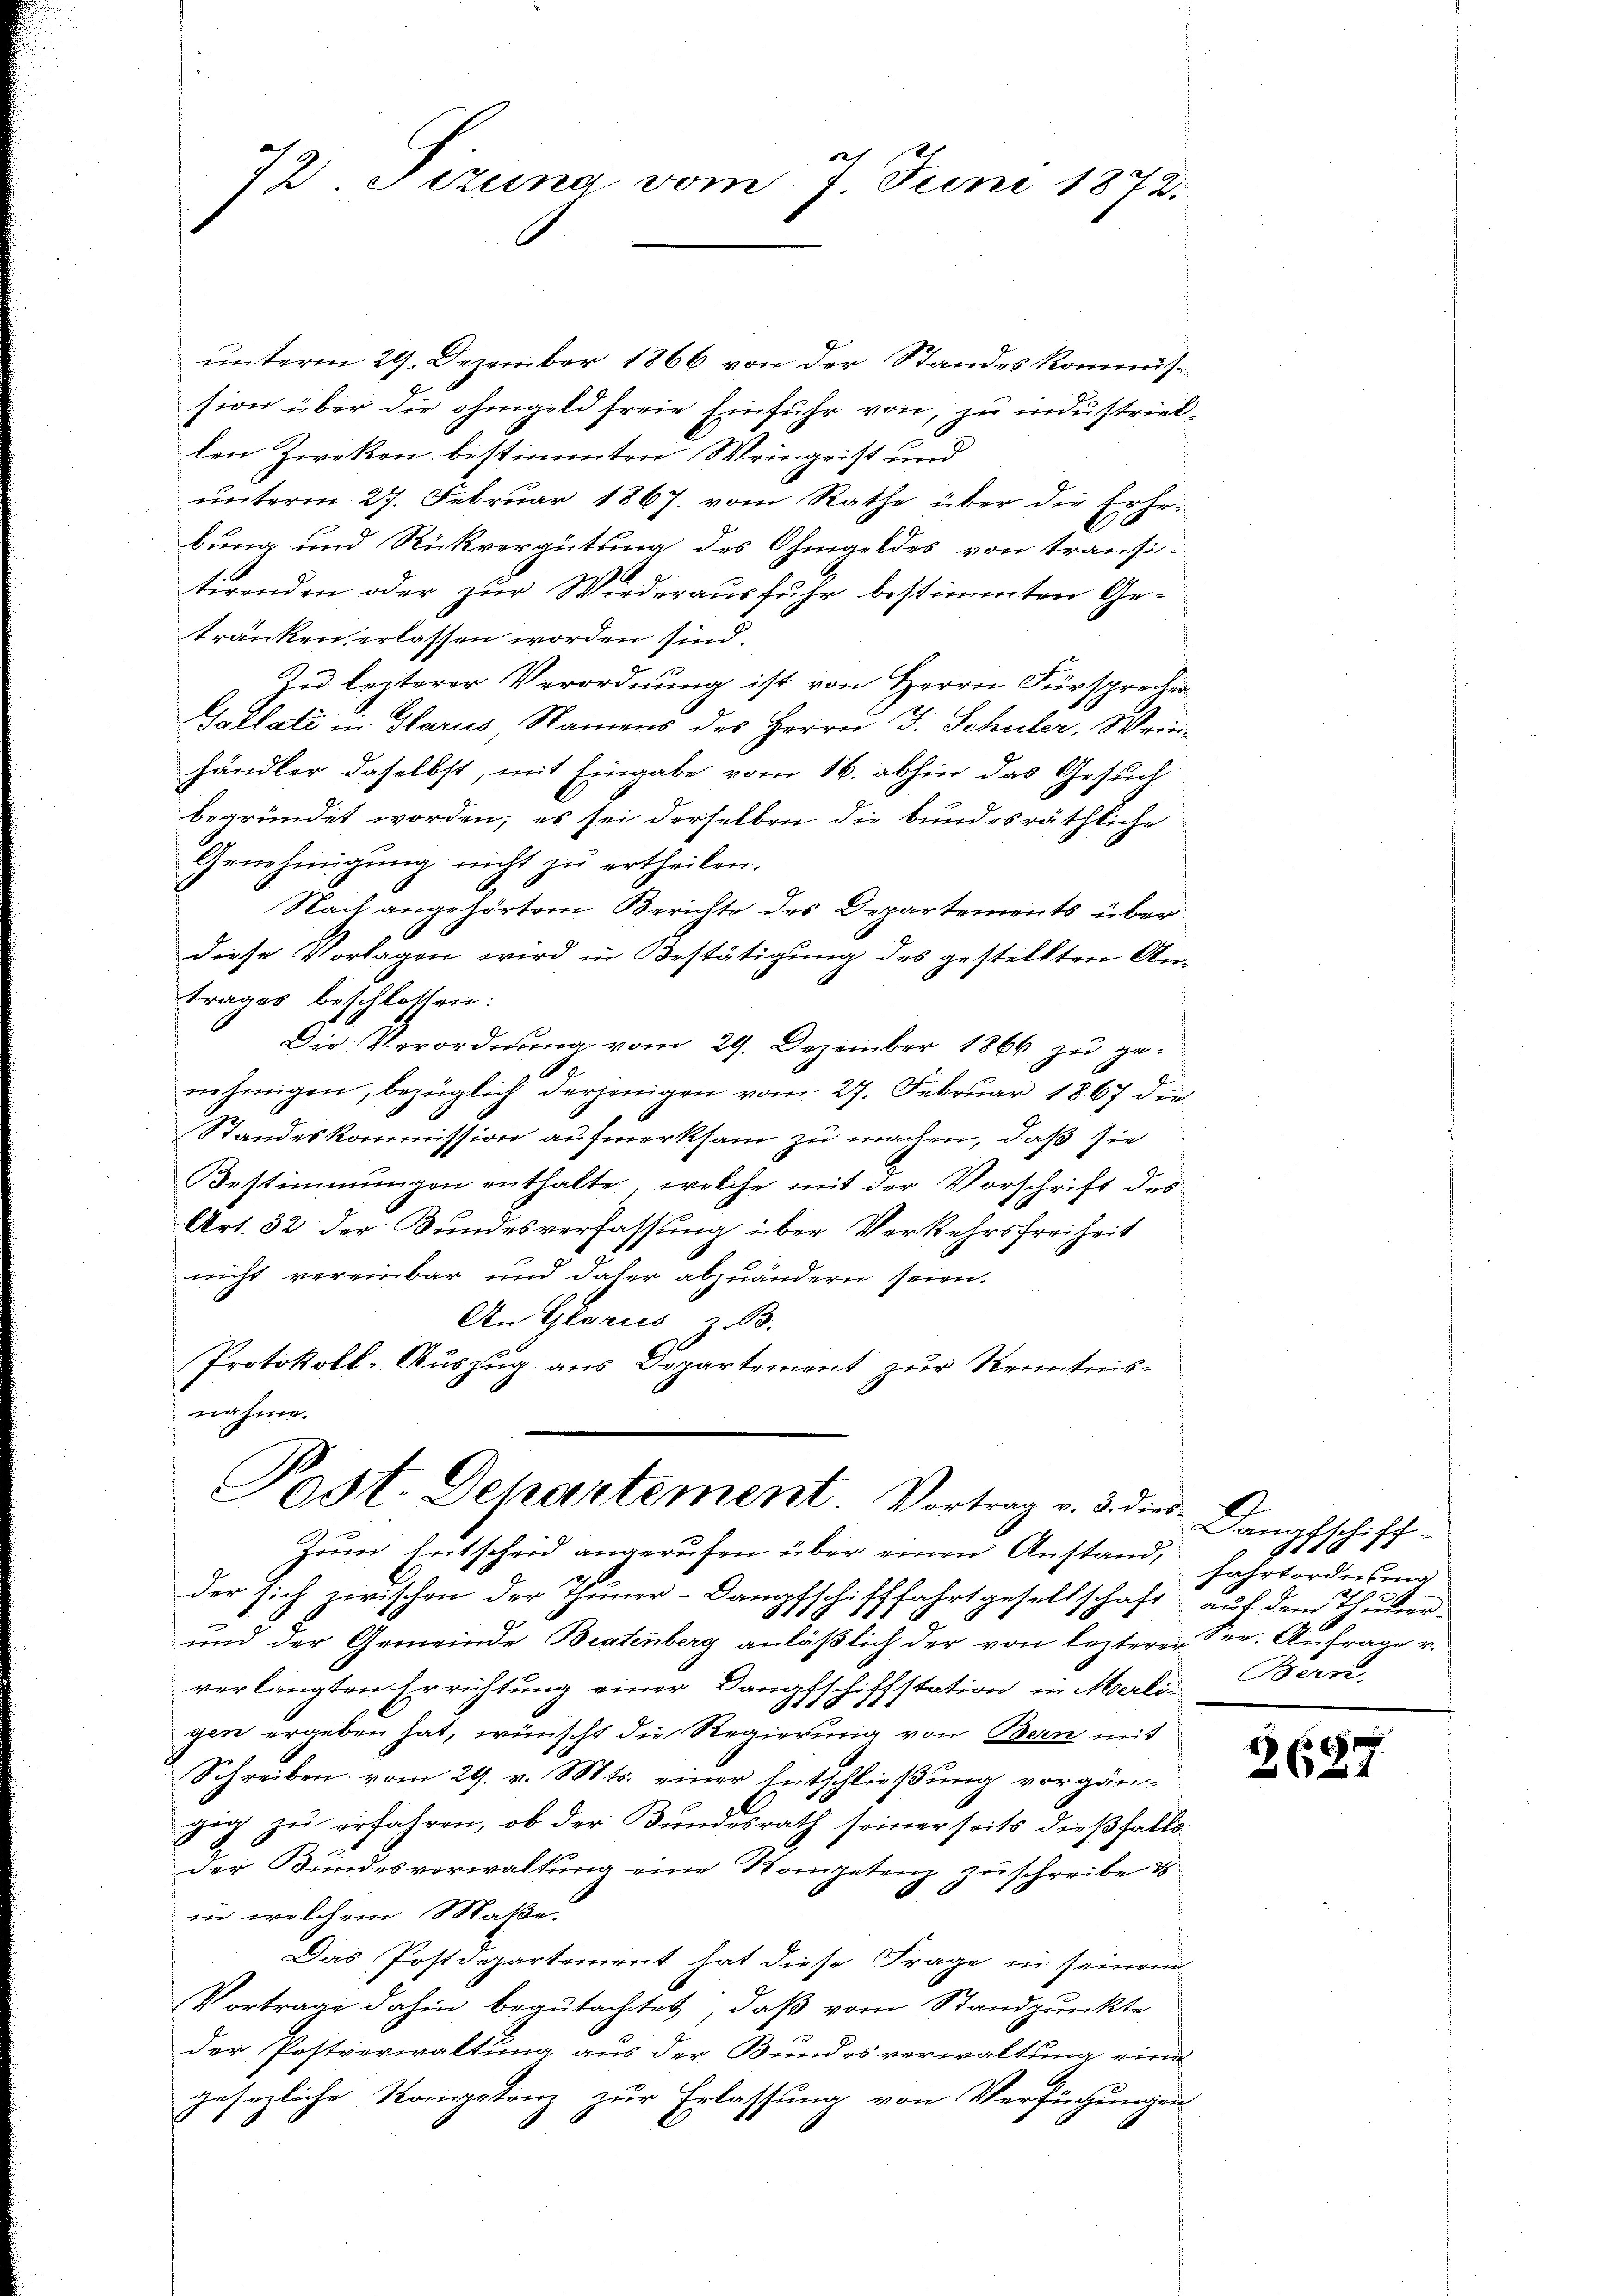
7D. Sezung vom 7. Juni 1872.

unterm 29. Dezember 1866 von der Standes kommission über die ohngeld freie Einfuhr von zu industrieblen Zweken bestimmten Weingrist und
unterm 27. Februar 1867. vom Rathe über die Erhebung und Rückvergütung des Ohmgeldes von transi-
tirenden oder zur Wiederausfuhr bestimmten Getränken erlassen worden sind.
In lezterer Verordnung ist von Herrn Fürsprecher
Gollati in Glarus Namens des Herrn J. Schuler, Weinhändler daselbst, mit Eingabe vom 16. abhin das Gesuch
begründet worden, es sei derselben die bundesräthliche
Genehmigung nicht zu ertheilen.
Nach angehörtem Berichte des Departements über
diese Vorlagen wird in Bestätigung des gestellten Antrages beschlossen:
Die Verordnung vom 29. Dezember 1866 zu ge-
h
nehmigen, bezüglich derjenigen vom 27. Februar 1867 die
Standeskommission aufmerksam zu machen, daß sie
Bestimmungen enthalte, welche mit der Vorschrift des
Art. 32 der Bundesverfassung über Verkehrsfreiheit
nicht vereinbar und daher abzuändern seien.
An Glarus, z. B.
Protokoll-Auszug aus Departement zur Kenntnisnahme.
Post. Departement. Vortrag v. 3. dies¬
Zŭm Entscheid angerufen über einen Anstand, Fahrtordnung
der sich zwischen der Thuner-Dampfschifffahrtgesellschaft auf dem Thuner-
und der Gemeinde Bratenberg anläßlich der von lezterer See. Anfrage v.
verlangten Errichtung einer Dampfschiffstation in Merlis Bern,
gen ergeben hat, wünscht die Regierung von Bern mit
Schreiben vom 29. v. Mts. einer Entschließung vorgänzig zu erfahren, ob der Bundesrath seiner seits dießfalls
der Bundesverwaltung eine Kompetenz zuschreibe i
ne welchem Maße.
Das Postdepartement hat diese Frage in seinem
Vortrage dahin begutachtet, daß vom Standpunkte
der Postverwaltung aus der Bundesverwaltung eine
gesezliche Kompetenz zur Erlassung von Verfügungen

.
a
f
pschit

2687